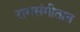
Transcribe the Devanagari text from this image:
रागसंगीतात